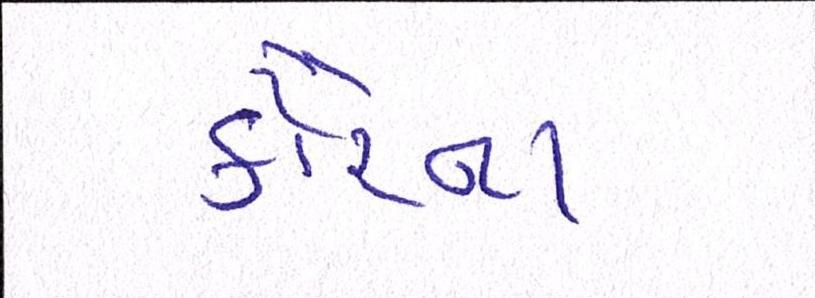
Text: કૌરના